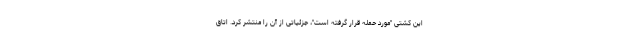
این کشتی "مورد حمله قرار گرفته است"، جزئیاتی از آن را منتشر کرد. اتاق